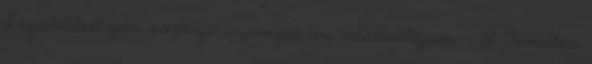
Legördített pár sornyi szöveget az adattábláján. - A Temetés